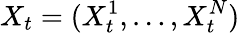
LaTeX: X_{t}=(X_{t}^{1},\ldots,X_{t}^{N})